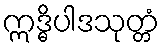
ဣဒ္ဓိပါဒသုတ္တံ